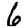
Digit: 6